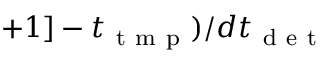
+ 1 ] - t _ { \mathrm { ~ t ~ m ~ p ~ } } ) / d t _ { \mathrm { ~ d ~ e ~ t ~ } }